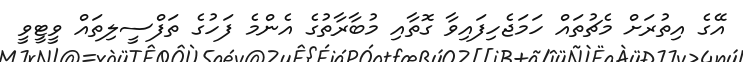
އޭގެ އިތުރަށް މެޗުތައް ހަމަޖެހިފައިވާ ގޮތާއި މުބާރާތުގެ އެންމެ ފަހުގެ ތަފްސީލިތައް ވީޓީވީ